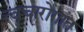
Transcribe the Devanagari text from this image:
त्वचारोगांत